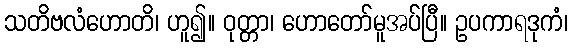
သတိဗလံဟောတိ၊ ဟူ၍။ ဝုတ္တာ၊ ဟောတော်မူအပ်ပြီ။ ဥပကာရဒုကံ၊